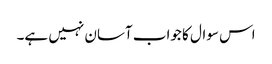
اس سوال کا جواب آسان نہیں ہے۔